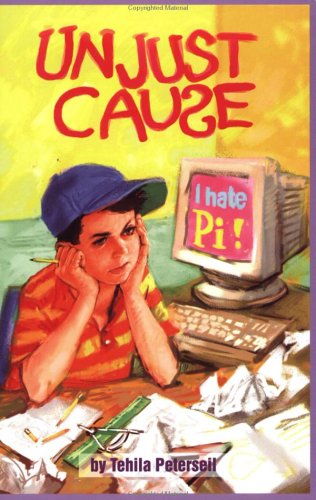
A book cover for Unjust Cause; Tehila Peterseil; Health, Fitness & Dieting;